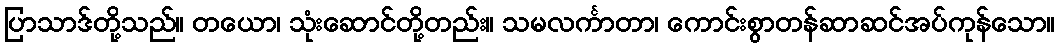
ပြာသာဒ်တို့သည်။ တယော၊ သုံးဆောင်တို့တည်း။ သမလင်္ကာတာ၊ ကောင်းစွာတန်ဆာဆင်အပ်ကုန်သော။